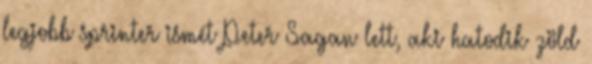
legjobb sprinter ismét Peter Sagan lett, aki hatodik zöld